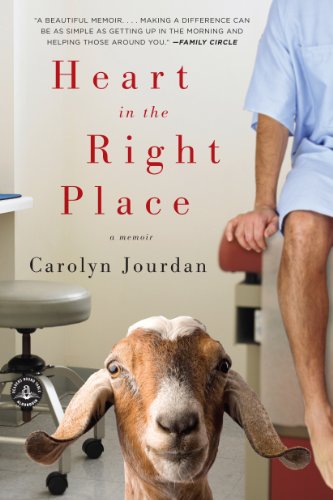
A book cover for Heart in the Right Place; Carolyn Jourdan; Medical Books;